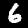
Label: 6